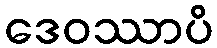
ဒေဝဿာပိ